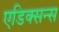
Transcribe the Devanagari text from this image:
एडिक्सन्स